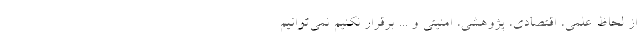
از لحاظ علمی، اقتصادی، پژوهشی، امنیتی و ... برقرار نکنیم نمی‌توانیم